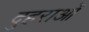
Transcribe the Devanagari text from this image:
दुहराओं